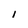
Character: 1